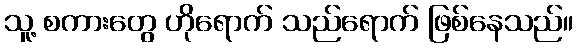
သူ့ စကားတွေ ဟိုရောက် သည်ရောက် ဖြစ်နေသည်။